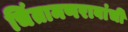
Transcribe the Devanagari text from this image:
चिंतामणरावांची